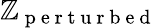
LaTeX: \mathbb{Z}_{\mathrm{{~p~e~r~t~u~r~b~e~d~}}}